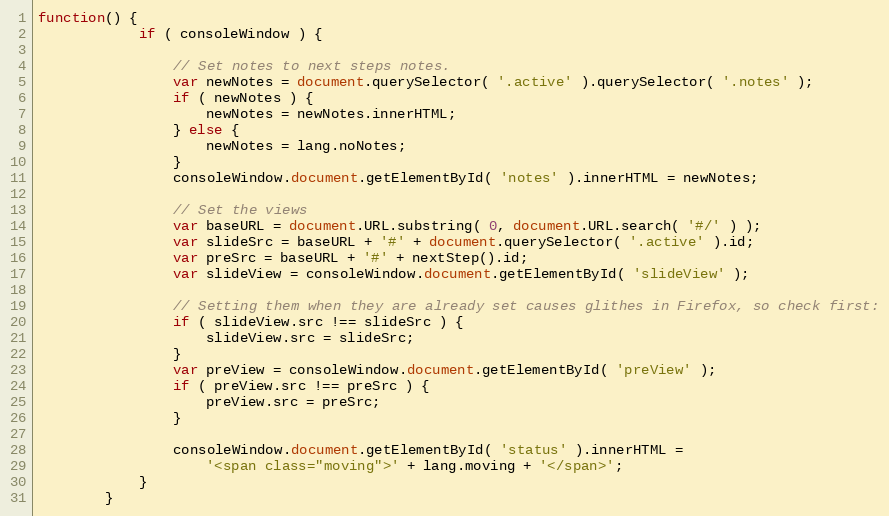
Language: JavaScript
function() {
            if ( consoleWindow ) {

                // Set notes to next steps notes.
                var newNotes = document.querySelector( '.active' ).querySelector( '.notes' );
                if ( newNotes ) {
                    newNotes = newNotes.innerHTML;
                } else {
                    newNotes = lang.noNotes;
                }
                consoleWindow.document.getElementById( 'notes' ).innerHTML = newNotes;

                // Set the views
                var baseURL = document.URL.substring( 0, document.URL.search( '#/' ) );
                var slideSrc = baseURL + '#' + document.querySelector( '.active' ).id;
                var preSrc = baseURL + '#' + nextStep().id;
                var slideView = consoleWindow.document.getElementById( 'slideView' );

                // Setting them when they are already set causes glithes in Firefox, so check first:
                if ( slideView.src !== slideSrc ) {
                    slideView.src = slideSrc;
                }
                var preView = consoleWindow.document.getElementById( 'preView' );
                if ( preView.src !== preSrc ) {
                    preView.src = preSrc;
                }

                consoleWindow.document.getElementById( 'status' ).innerHTML =
                    '<span class="moving">' + lang.moving + '</span>';
            }
        }